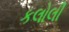
કલોલી